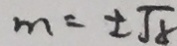
m = \pm \sqrt { 8 }